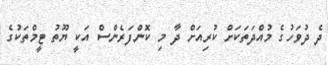
ދެ ދުވަހުގެ މުއްދަތަކަށް ކުރިއަށް ދާ މި ކޮންފަރެންސް އަކީ ޔޫތު ޓީމްތަކުގެ